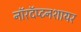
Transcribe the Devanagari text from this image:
नॉरदॅप्टनशायर